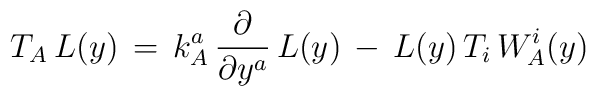
T_A \, L(y) \, = \, k^a_A \, \frac{\partial}{\partial y^a} \, L(y)\,- \, L(y) \, T_i \, W_A^i(y)